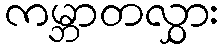
ကမ္ဘာတလွှား